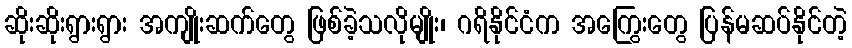
ဆိုးဆိုးရွားရွား အကျိုးဆက်တွေ ဖြစ်ခဲ့သလိုမျိုး၊ ဂရိနိုင်ငံက အကြွေးတွေ ပြန်မဆပ်နိုင်တဲ့